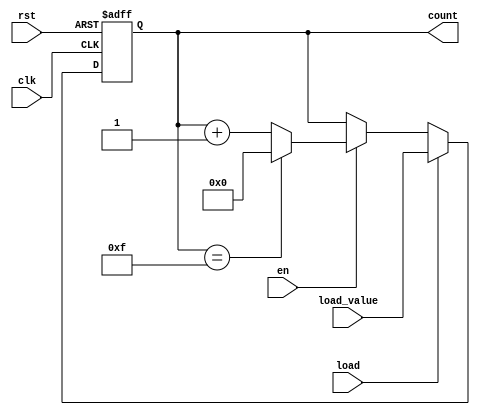
module MemoryBlocksBinaryCounter #(
    parameter BIT_WIDTH = 4,           // Bit width of the counter
    parameter MAX_COUNT = (1 << BIT_WIDTH) - 1 // Maximum count value (2^BIT_WIDTH - 1)
)(
    input wire clk,                    // Clock signal
    input wire rst,                    // Asynchronous reset signal
    input wire en,                     // Enable signal
    input wire load,                   // Load signal (optional)
    input wire [BIT_WIDTH-1:0] load_value, // Value to load into the counter (optional)
    output reg [BIT_WIDTH-1:0] count   // Current count value
);

    // Asynchronous reset
    always @(posedge clk or posedge rst) begin
        if (rst) begin
            count <= 0; // Reset the counter to 0
        end else if (load) begin
            count <= load_value; // Load the specified value into the counter
        end else if (en) begin
            if (count == MAX_COUNT) begin
                count <= 0; // Wrap around to 0 after reaching maximum count
            end else begin
                count <= count + 1; // Increment the counter
            end
        end
    end

endmodule